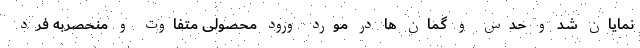
نمایان شد و حدس و گمان ها در مورد ورود محصولی متفاوت و منحصربه فرد